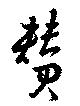
賛